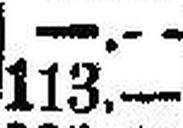
113.—